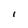
Character: l